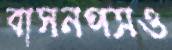
বাসনপত্রও